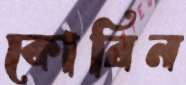
কোরিন